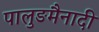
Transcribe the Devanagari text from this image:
पालुङमैनादी